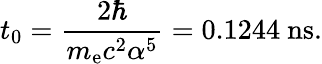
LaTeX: t_{0}={\frac{2\hbar}{m_{\mathrm{e}}c^{2}\alpha^{5}}}=0.1244~\mathrm{ns}.